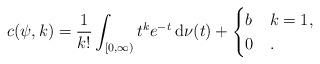
LaTeX: \begin{align*}c(\psi, k) = \frac{1}{k!}\int_{[0, \infty)} t^k e^{-t} {\: \rm d}\nu(t) + \begin{cases}b & k = 1,\\0 & .\end{cases}\end{align*}